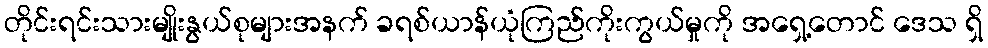
တိုင်းရင်းသားမျိုးနွယ်စုများအနက် ခရစ်ယာန်ယုံကြည်ကိုးကွယ်မှုကို အရှေ့တောင် ဒေသ ရှိ